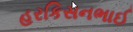
હરકિસનભાઈ